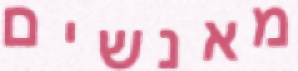
מאנשים